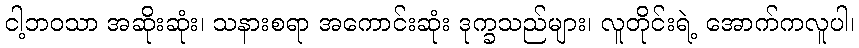
ငါ့ဘဝသာ အဆိုးဆုံး၊ သနားစရာ အကောင်းဆုံး ဒုက္ခသည်များ၊ လူတိုင်းရဲ့ အောက်ကလူပါ၊